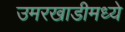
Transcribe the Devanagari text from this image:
उमरखाडीमध्ये